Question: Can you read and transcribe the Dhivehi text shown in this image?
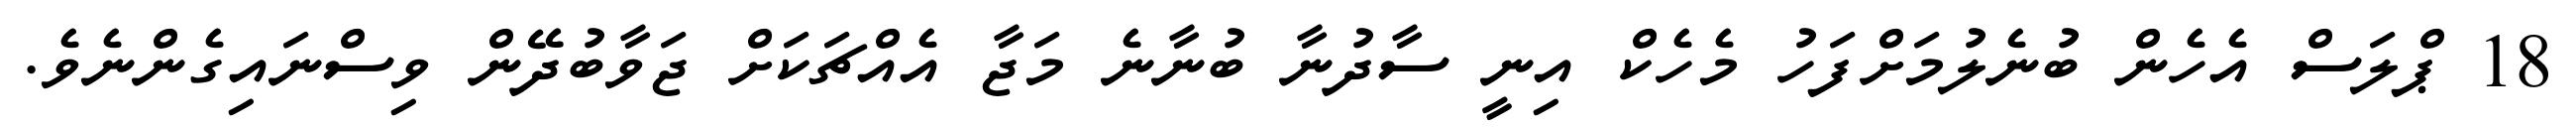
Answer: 18 ޕްލަސް އެހެން ބުނެލުމަށްފަހު މެހެކް އިނީ ސާދުނާ ބުނާނެ މަޖާ އެއްޗަކަށް ޖަވާބުދޭން ވިސްނައިގެންނެވެ.